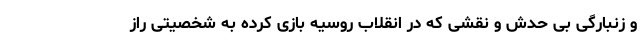
و زنبارگی بی حدش و نقشی که در انقلاب روسیه بازی کرده به شخصیتی راز